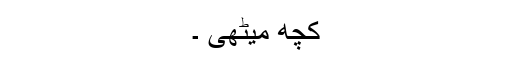
کچھ میٹھی ۔